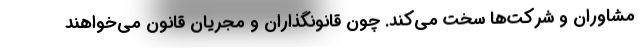
مشاوران و شرکت‌ها سخت می‌کند. چون قانونگذاران و مجریان قانون می‌خواهند